Vaccination United Provinces of Agra and Oudh 1902-1913 - 1902-1913
Year: 1902
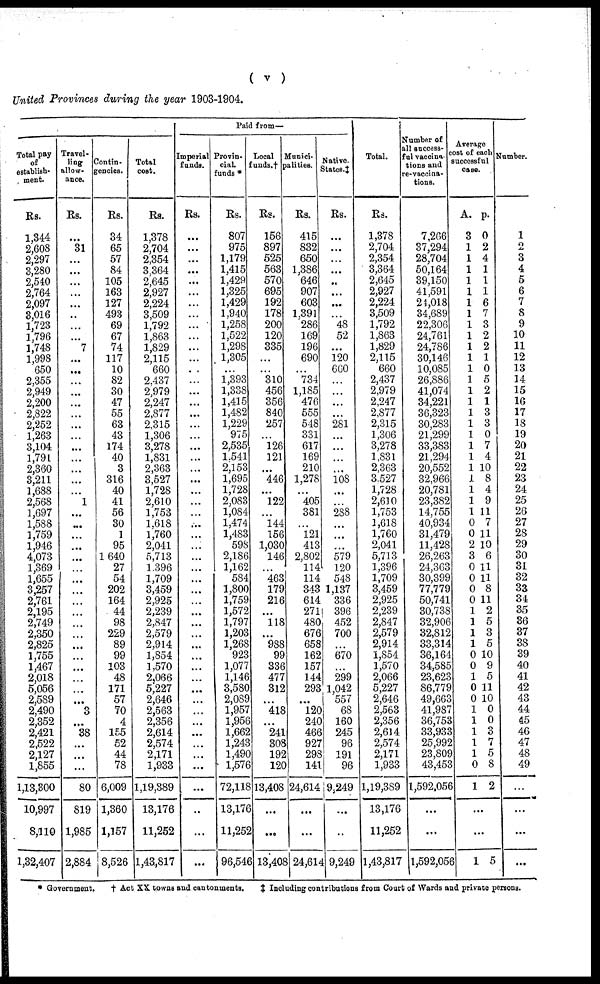
( v )
United Provinces during the year 1903-1904.
Total pay
of
establish-
ment.
Rs.
1,344
2,608
2,297
3,280
2,540
2,764
2,097
3,016
1,723
1,796
1,748
1,998
650
2,355
2,949
2,200
2,822
2,252
1,263
3,104
1,791
2,360
3,211
1,688
2,568
1,697
1,588
1,759
1,946
4,073
1,369
1,655
3,257
2,761
2,195
2,749
2,350
2,825
1,755
1,467
2,018
5,056
2,589
2,490
2,352
2,421
2,522
2,127
1,855
1,13,300
10,997
8,110
1,32,407
Travel-
ling
allow-
ance.
Rs.
...
31
...
...
...
...
...
...
...
...
7
...
...
...
...
...
...
...
...
...
...
...
...
...
1
. ..
...
...
...
...
...
...
...
...
...
...
...
...
...
...
...
...
...
3
...
38
...
...
...
80
819
1,985
2,884
Contin-
gencies.
Rs.
34
65
57
84
105
163
127
493
69
67
74
117
10
82
30
47
55
63
43
174
40
3
316
40
41
56
30
1
95
1,640
27
54
202
164
44
98
229
89
99
103
48
171
57
70
4
155
52
44
78
6,009
1,360
1,157
8,526
Total
cost.
Rs.
1,378
2,704
2,354
3,364
2,645
2,927
2,224
3,509
1,792
1,863
1,829
2,115
660
2,437
2,979
2,247
2,877
2,315
1,306
3,278
1,831
2,363
3,527
1,728
2,610
1,753
1,618
1,760
2,041
5,713
1,396
1,709
3,459
2,925
2,239
2,847
2,579
2,914
1,854
1,570
2,066
5,227
2,646
2,563
2,356
2,614
2,574
2,171
1,933
1,19,889
13,176
11,252
1,43,817
Paid from—
Imperial
funds.
Rs.
...
...
...
...
...
...
...
...
...
...
...
...
...
...
...
...
...
...
...
...
...
...
...
...
...
...
...
...
...
...
...
...
...
...
...
...
...
...
...
...
...
...
...
...
...
...
...
...
...
...
...
...
...
Provin-
cial.
funds *
Rs.
807
975
1,179
1,415
1,429
1,325
1,429
1,940
1,258
1,522
1,298
1,305
...
1,393
1,338
1,415
1,482
1,229
975
2,535
1,541
2,153
1,695
1,728
2,083
1,084
1,474
1,483
598
2,186
1,162
584
1,800
1,759
1,572
1,797
1,203
1,268
923
1,077
1,146
3,580
2,089
1,957
1,956
1,662
1,243
1,490
1,576
72,118
13,176
11,252
96,546
Local
funds.†
Rs.
156
897
525
563
570
695
192
178
200
120
335
...
...
310
456
356
840
257
...
126
121
...
446
...
122
...
144
156
1,030
146
...
463
179
216
...
118
...
988
99
336
477
312
...
418
...
241
308
192
120
13,408
...
...
13,408
Munici¬
palities.
Rs.
415
832
650
1,386
646
907
603
1,391
286
169
196
690
...
734
1,185
476
555
548
331
617
169
210
1,278
...
405
381
...
121
413
2,802
114
114
343
614
271
480
676
658
162
157
144
293
...
120
240
466
927
298
141
24,614
...
...
24,614
Native.
States.‡
Rs.
...
...
...
...
...
...
...
...
48
52
...
120
660
...
...
...
...
281
...
...
...
...
108
...
...
288
...
...
...
579
120
548
1,137
336
396
452
700
...
670
...
299
1,042
557
68
160
245
96
191
96
9,249
...
...
9,249
Total.
Rs.
1,378
2,704
2,354
3,364
2,645
2,927
2,224
3,509
1,792
1,863
1,829
2,115
660
2,437
2,979
2,247
2,877
2,315
1,306
3,278
1,831
2,363
3,527
1,728
2,610
1,753
1,618
1,760
2,041
5,713
1,396
1,709
3,459
2,925
2,239
2,847
2,579
2,914
1,854
1,570
2,066
5,227
2,646
2,563
2,356
2,614
2,574
2,171
1,933
1,19,389
13,176
11,252
1,43,817
Number of
all success¬
ful vaccina¬
tions and
re-vaccina-
tions.
7,206
37,294
28,704
50,164
39,150
41,591
24,018
34,689
22,306
24,761
24,786
30,146
10,085
26,886
41,074
34,221
36,323
30,283
21,299
33,383
21,294
20,552
32,966
20,781
23,382
14,755
40,934
31,479
11,428
26,263
24,363
30,399
77,779
50,741
30,738
32,906
32,812
33,314
36,164
34,585
23,623
86,779
49,663
41,987
36,753
33,933
25,992
23,809
43,453
1,592,056
...
...
1,592,056
Averag
cost of each
successful
case.
A.
3
1
1
1
1
1
1
1
1
1
1
1
1
1
1
1
1
1
1
1
1
1
1
1
1
1
0
0
2
3
0
0
0
0
1
1
1
1
0
0
1
0
0
1
1
1
1
1
0
1
p.
0
2
4
1
1
1
6
7
3
2
2
1
0
5
2
1
3
3
0
7
4
10
8
4
9
11
7
11
10
6
11
11
8
11
2
5
3
5
10
9
5
11
10
0
0
3
7
5
8
2
...
...
1 5
Number.
1
2
3
4
5
6
7
8
9
10
11
12
13
14
15
16
17
18
19
20
21
22
23
24
25
26
27
28
29
30
31
32
33
34
35
36
37
38
39
40
41
42
43
44
45
46
47
48
49
...
...
...
...
* Government.
† Act XX towns and cantonments.
‡ Including contributions from Court of Wards and private persons.